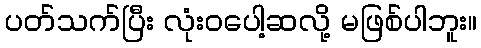
ပတ်သက်ပြီး လုံးဝပေါ့ဆလို့ မဖြစ်ပါဘူး။